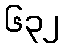
၆၃၂